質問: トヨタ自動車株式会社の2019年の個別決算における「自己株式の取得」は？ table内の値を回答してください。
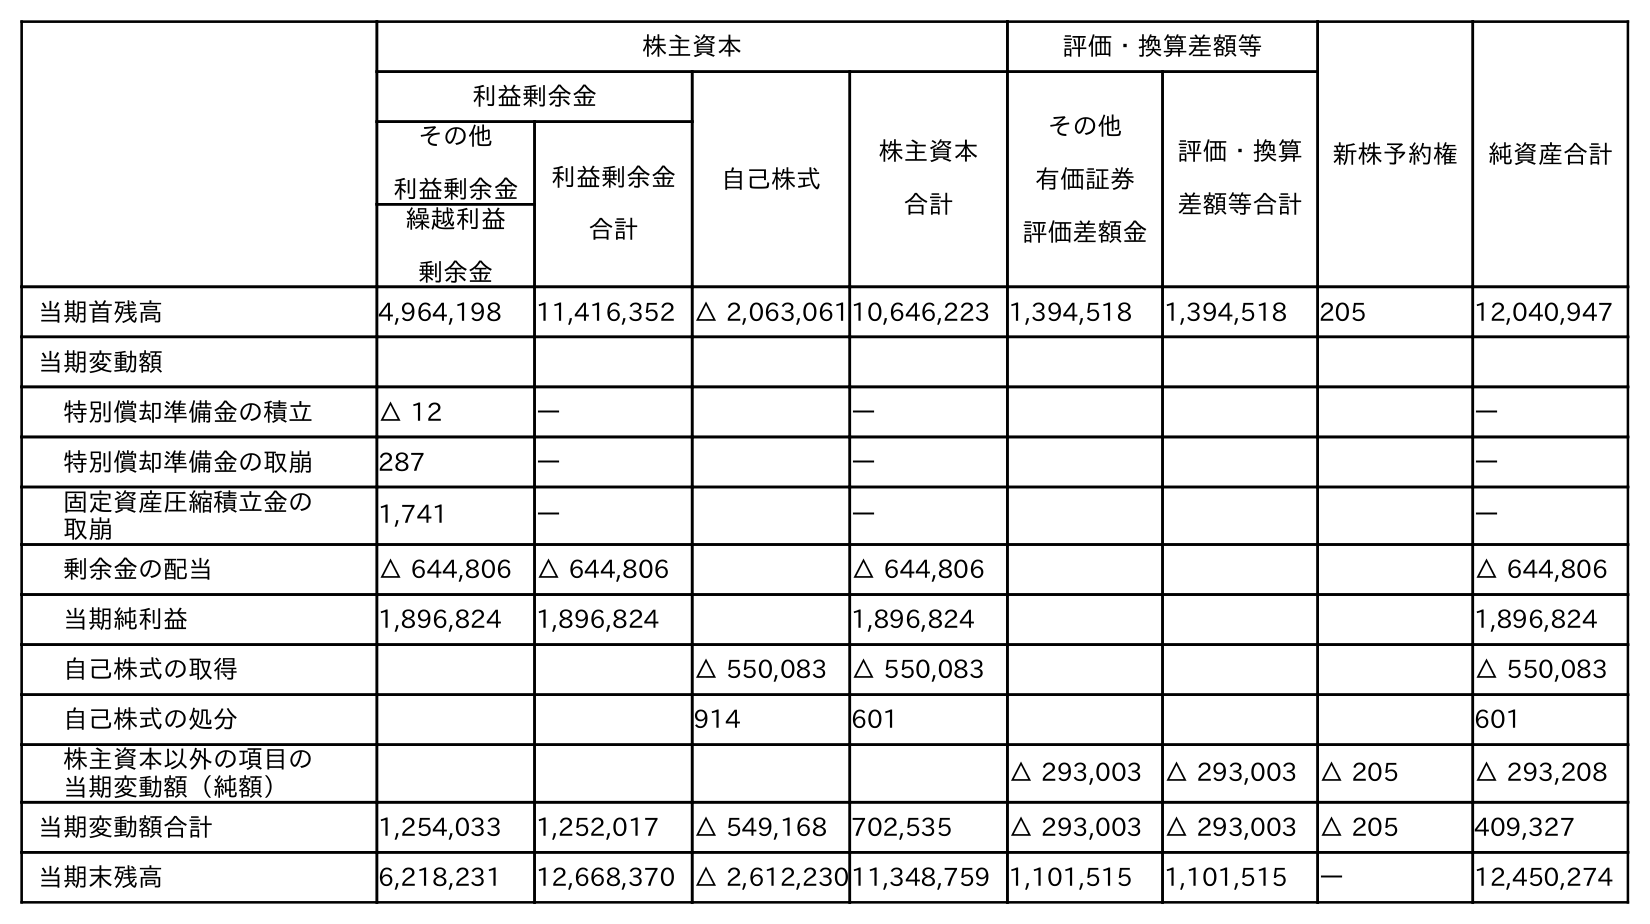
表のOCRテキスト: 株主資本 評価・換算差額等 新株予約権 純資産合計 利益剰余金 自己株式 株主資本 合計 その他 有価証券 評価差額金 評価・換算 差額等合計 その他 利益剰余金 利益剰余金 合計 繰越利益 剰余金 当期首残高 4,964,198 11,416,352 △ 2,063,06110,646,223 1,394,518 1,394,518 205 12,040,947 当期変動額 特別償却準備金の積立 △ 12 ― ― ― 特別償却準備金の取崩 287 ― ― ― 固定資産圧縮積立金の 取崩 1,741 ― ― ― 剰余金の配当 △ 644,806 △ 644,806 △ 644,806 △ 644,806 当期純利益 1,896,824 1,896,824 1,896,824 1,896,824 自己株式の取得 △ 550,083 △ 550,083 △ 550,083 自己株式の処分 914 601 601 株主資本以外の項目の 当期変動額（純額） △ 293,003 △ 293,003 △ 205 △ 293,208 当期変動額合計 1,254,033 1,252,017 △ 549,168 702,535 △ 293,003 △ 293,003 △ 205 409,327 当期末残高 6,218,231 12,668,370 △ 2,612,23011,348,759 1,101,515 1,101,515 ― 12,450,274
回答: △550,083